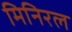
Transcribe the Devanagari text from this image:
मिनिरल